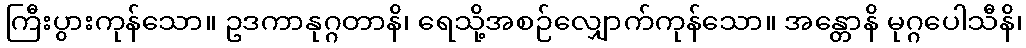
ကြီးပွားကုန်သော။ ဥဒကာနုဂ္ဂတာနိ၊ ရေသို့အစဉ်လျှောက်ကုန်သော။ အန္တောနိ မုဂ္ဂပေါသီနိ၊